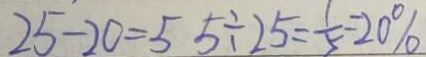
2 5 - 2 0 = 5 5 \div 2 5 = \frac { 1 } { 5 } = 2 0 \%